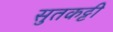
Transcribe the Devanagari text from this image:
सुतकट्टी